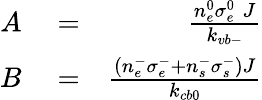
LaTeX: \begin{array}{rlr}{A}&{{}=}&{\frac{n_{e}^{0}\sigma_{e}^{0}\; J}{k_{vb-}}}\\ {B}&{{}=}&{\frac{\left(n_{e}^{-}\sigma_{e}^{-}+n_{s}^{-}\sigma_{s}^{-}\right)J}{k_{cb0}}}\end{array}